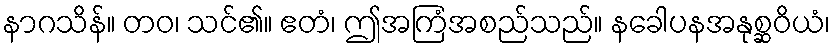
နာဂသိန်။ တဝ၊ သင်၏။ ဧတံ၊ ဤအကြံအစည်သည်။ နခေါပနအနုစ္ဆဝိယံ၊